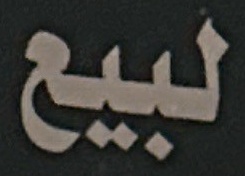
لبيع